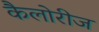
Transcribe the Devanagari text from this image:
कैलोरीज